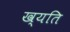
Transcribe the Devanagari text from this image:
ख्यति